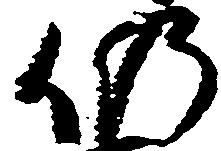
仍